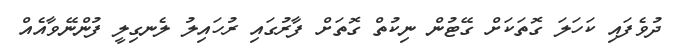
ދުވެފައި ކަހަލަ ގޮތަކަށް ގޭޓުން ނިކުތް ގޮތަށް ފާރުގައި ރުހައިލު ލެނގިލީ ފުންނޭވާއެއް